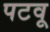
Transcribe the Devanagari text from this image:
पटवू